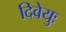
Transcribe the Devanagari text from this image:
दिवेयुः